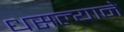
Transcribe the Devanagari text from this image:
धसल्याने